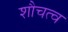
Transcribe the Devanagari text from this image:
शौचत्व